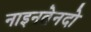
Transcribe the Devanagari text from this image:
नाइनतेनदो